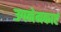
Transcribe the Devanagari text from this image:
उपनेमकाएं